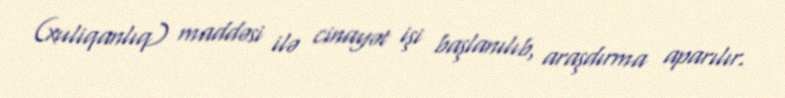
(xuliqanlıq) maddəsi ilə cinayət işi başlanılıb, araşdırma aparılır.